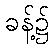
ခန့်၌